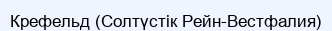
Крефельд (Солтүстік Рейн-Вестфалия)